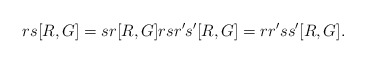
\begin{align*}rs[R,G]=sr[R,G]rsr's'[R,G]=rr'ss'[R,G].\end{align*}